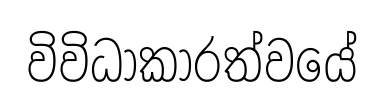
විවිධාකාරත්වයේ